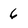
Character: 6